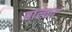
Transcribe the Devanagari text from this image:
बाल्कट